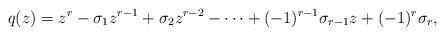
LaTeX: \begin{align*}q(z) = z^r- \sigma_1 z^{r-1}+ \sigma_2z^{r-2}-\cdots+(-1)^{r-1}\sigma_{r-1}z+(-1)^{r}\sigma_{r},\end{align*}